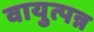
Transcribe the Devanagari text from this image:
वायुत्पन्न